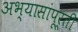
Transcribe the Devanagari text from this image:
अभ्यासांपूर्ती